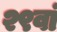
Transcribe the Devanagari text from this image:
२९वां